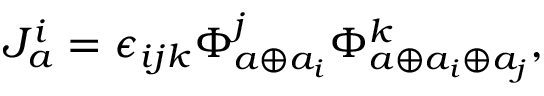
J _ { a } ^ { i } = \epsilon _ { i j k } \Phi _ { a \oplus a _ { i } } ^ { j } \Phi _ { a \oplus a _ { i } \oplus a _ { j } } ^ { k } ,